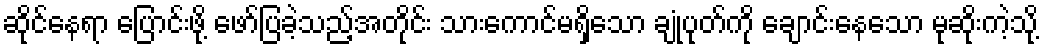
ဆိုင်နေရာ ပြောင်းဖို့ ဖော်ပြခဲ့သည့်အတိုင်း သားကောင်မရှိသော ချုံပုတ်ကို ချောင်းနေသော မုဆိုးကဲ့သို့